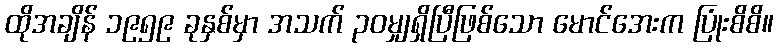
ထိုအချိန် ၁၉၅၉ ခုနှစ်မှာ အသက် ၃၀မျှရှိပြီဖြစ်သော မောင်အေးက ပြုံးစိစိ။